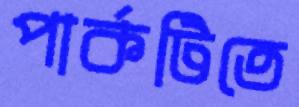
পার্কটিতে